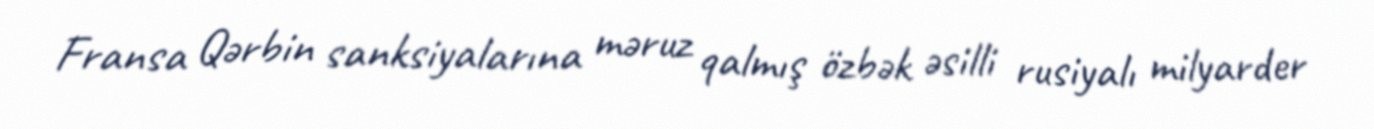
Fransa Qərbin sanksiyalarına məruz qalmış özbək əsilli rusiyalı milyarder